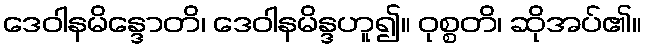
ဒေဝါနမိန္ဒောတိ၊ ဒေဝါနမိန္ဒဟူ၍။ ဝုစ္စတိ၊ ဆိုအပ်၏။